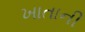
ખાતાની